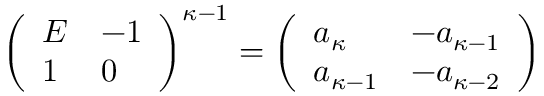
\begin{array} { r } { \left( \begin{array} { l l } { E } & { - 1 } \\ { 1 } & { 0 } \end{array} \right) ^ { \kappa - 1 } = \left( \begin{array} { l l } { a _ { \kappa } } & { - a _ { \kappa - 1 } } \\ { a _ { \kappa - 1 } } & { - a _ { \kappa - 2 } } \end{array} \right) } \end{array}